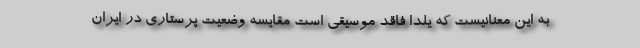
به این معنانیست که یلدا فاقد موسیقی است مقایسه وضعیت پرستاری در ایران